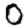
Digit: 0